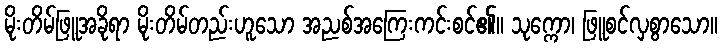
မိုးတိမ်ဖြူအခိုရာ မိုးတိမ်တည်းဟူသော အညစ်အကြေးကင်းစင်၏။ သုက္ကော၊ ဖြူစင်လှစွာသော။